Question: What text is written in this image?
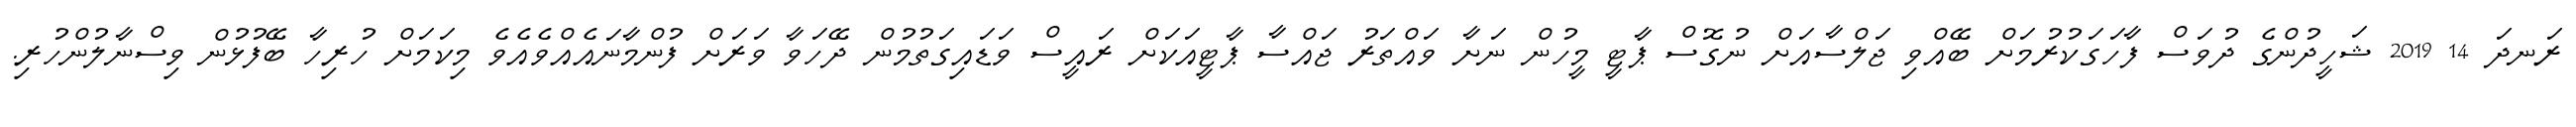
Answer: ރަނދަ 14 2019 ޝަހީދުންގެ ދުވަސް ފާހަގަކުރުމަށް ބޭއްވި ޖަލްސާއަށް ނުގޮސް ޕާޓީ މީހުން ނަށާ ވައްތަރު ޖައްސާ ޕާޓީއަކަށް ރައީސް ވަޑައިގަތުމުން ދޭހަވާ ވަރަށް ފުންމާނައެއްވެއެވެ މިކަމަށް ހުރިހާ ބޭފުޅުން ވިސްނާލުންހުރި.